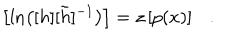
\left[ \ln \left( [ h ] [ \tilde { h } ] ^ { - 1 } \right) \right] = z \left[ p ( x ) \right] .